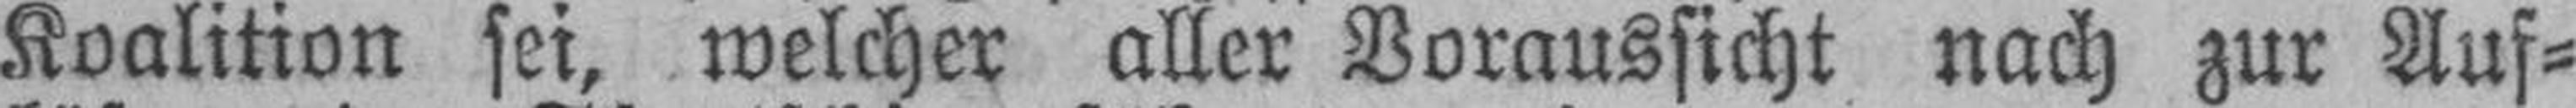
Koalition sei, welcher aller Voraussicht nach zur Auf¬